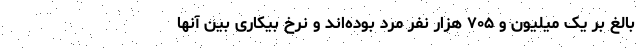
بالغ بر یک میلیون و ۷۰۵ هزار نفر مرد بوده‌اند و نرخ بیکاری بین آنها